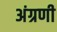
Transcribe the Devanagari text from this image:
अंग्रणी